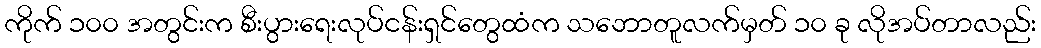
ကိုက် ၁၀၀ အတွင်းက စီးပွားရေးလုပ်ငန်းရှင်တွေထံက သဘောတူလက်မှတ် ၁၀ ခု လိုအပ်တာလည်း